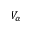
V _ { \alpha }